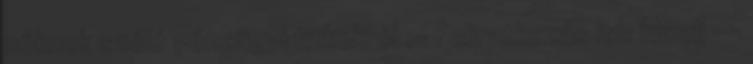
nőknek szóló pénzügyi titkokról ;- Feliratkozás itt: klikelj --